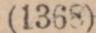
(1368)